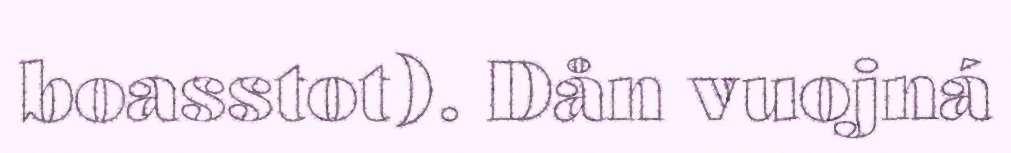
boasstot). Dån vuojná